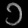
Digit: ၁